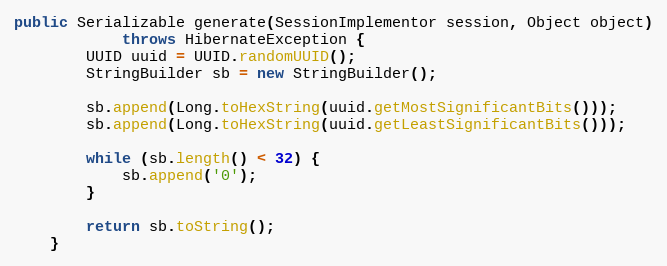
Language: Java
public Serializable generate(SessionImplementor session, Object object)
            throws HibernateException {
        UUID uuid = UUID.randomUUID();
        StringBuilder sb = new StringBuilder();

        sb.append(Long.toHexString(uuid.getMostSignificantBits()));
        sb.append(Long.toHexString(uuid.getLeastSignificantBits()));

        while (sb.length() < 32) {
            sb.append('0');
        }

        return sb.toString();
    }